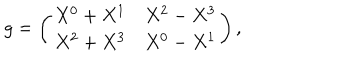
LaTeX: g = \left( \begin{array} { c c c } { { X ^ { 0 } + X ^ { 1 } } } & { { X ^ { 2 } - X ^ { 3 } } } \\ { { X ^ { 2 } + X ^ { 3 } } } & { { X ^ { 0 } - X ^ { 1 } } } \\ \end{array} \right) ,